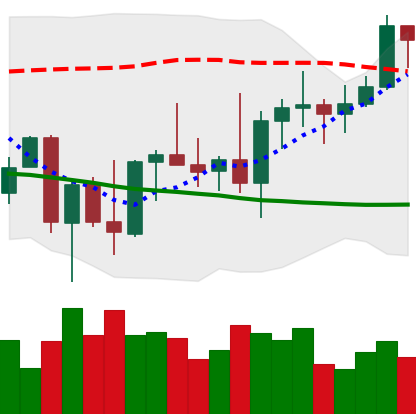
Ticker: BNB-USD
Chart end date: 2022-10-05
Forward return: -7.592%
Label: down_7plus